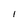
Character: 1